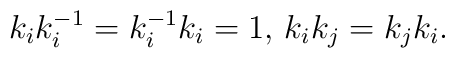
k_ik_i^{-1}=k_i^{-1}k_i=1,\, k_ik_j=k_jk_i.